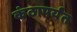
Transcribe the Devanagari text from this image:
कंठापर्यंत